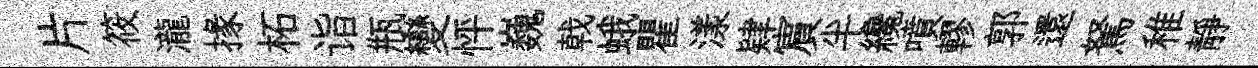
片筱瀧掾柘诣瓶變怦巍戟蛾瞿漾肄賔半纔噴轇郭還駑稚靜